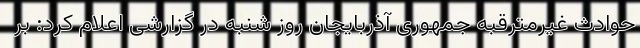
حوادث غیرمترقبه جمهوری آذربایجان روز شنبه در گزارشی اعلام کرد: بر